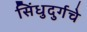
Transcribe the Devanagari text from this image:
सिंधुदुर्गचे